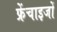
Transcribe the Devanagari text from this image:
फ्रेंचाइजों